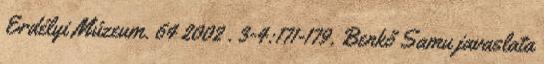
Erdélyi Múzeum. 64 2002 . 3-4:171-179. Benkő Samu javaslata